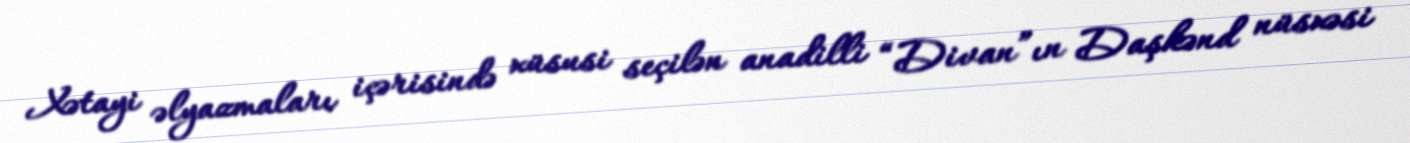
Xətayi əlyazmaları içərisində xüsusi seçilən anadilli “Divan”ın Daşkənd nüsxəsi